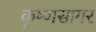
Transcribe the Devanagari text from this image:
कृष्णसागर